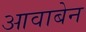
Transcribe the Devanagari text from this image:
आवाबेन